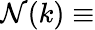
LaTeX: \mathcal{N}(k)\equiv